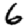
Digit: 6